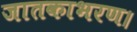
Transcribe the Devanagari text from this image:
जातकाभरण।